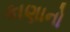
કાણાનો